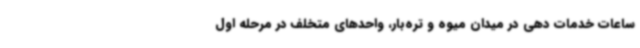
ساعات خدمات دهی در میدان میوه و تره‌بار، واحدهای متخلف در مرحله اول